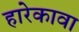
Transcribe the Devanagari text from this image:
हारेकावा